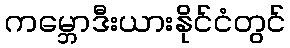
ကမ္ဘောဒီးယားနိုင်ငံတွင်